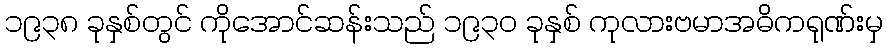
၁၉၃၈ ခုနှစ်တွင် ကိုအောင်ဆန်းသည် ၁၉၃၀ ခုနှစ် ကုလားဗမာအဓိကရုဏ်းမှ